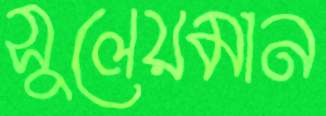
সুলেয়মান